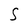
Character: S